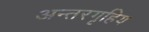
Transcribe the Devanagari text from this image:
अन्तरगृहिय